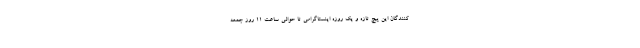
کنندگان این پیچ تازه و یک روزه اینستاگرامی تا حوالی ساعت 11 روز جمعه